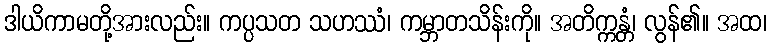
ဒါယိကာမတို့အားလည်း။ ကပ္ပသတ သဟဿံ၊ ကမ္ဘာတသိန်းကို။ အတိက္ကန္တံ၊ လွန်၏။ အထ၊